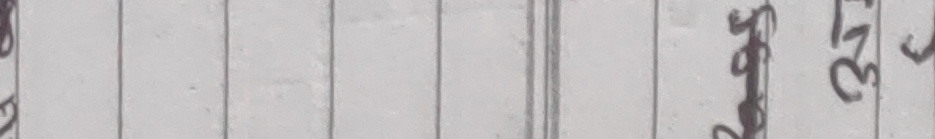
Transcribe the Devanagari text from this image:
म२३